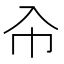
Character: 㠳